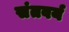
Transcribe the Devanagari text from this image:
संतवर्य